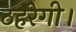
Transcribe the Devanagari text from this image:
ठहरेगी।